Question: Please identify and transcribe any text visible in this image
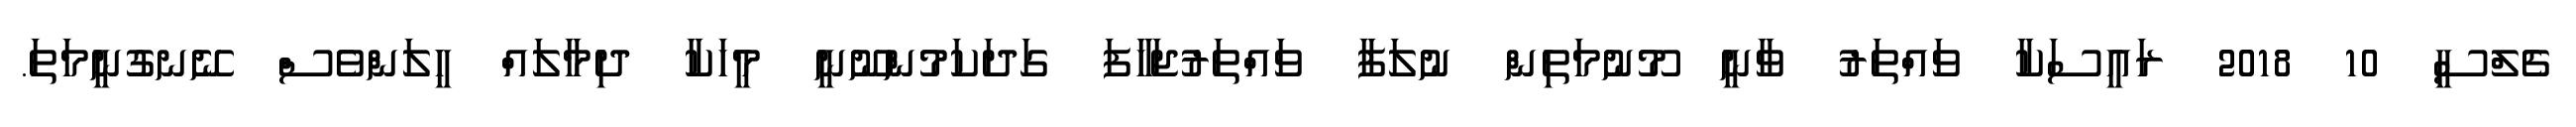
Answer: ޗެލްސީ 10 2018 ރައީސަކާ ވައްތަރު ވާނީ މޫނުމަތިން ނުލަފާ ވައްތަރުޖަހާފަ ގަދަކަމުންނޫނީ މީހަކާ ދިމާލައް ހީލަންވެސް ނޭނގުނީމަތަ.